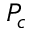
P _ { c }